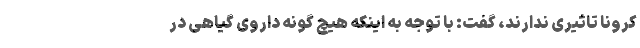
کرونا تاثیری ندارند، گفت: با توجه به اینکه هیچ گونه داروی گیاهی در